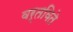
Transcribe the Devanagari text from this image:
वर्तविते